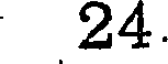
24.